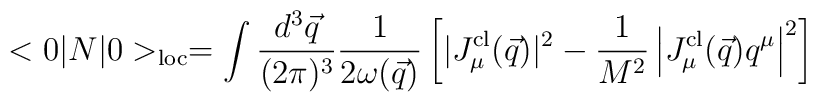
<0|N|0>_{\rm loc}=\int {d^3\vec{q}\over (2\pi)^3}{1\over 2\omega(\vec{q})}\left[|J_{\mu}^{\rm cl}(\vec{q})|^2- {1\over M^2}\left|J_{\mu}^{\rm cl}(\vec{q})q^\mu\right|^2\right]